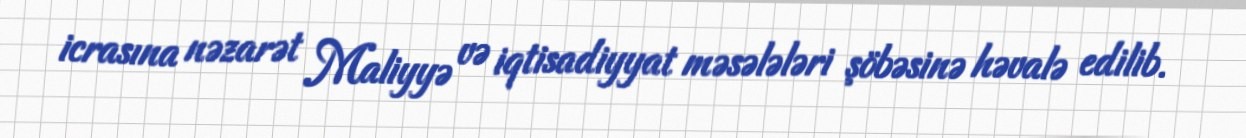
icrasına nəzarət Maliyyə və iqtisadiyyat məsələləri şöbəsinə həvalə edilib.